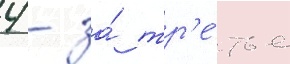
4 - за́ тр'е́тье